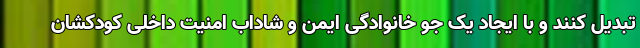
تبدیل کنند و با ایجاد یک جو خانوادگی ایمن و شاداب امنیت داخلی کودکشان